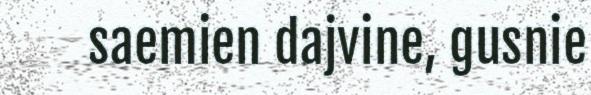
saemien dajvine, gusnie